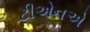
ટીએનએ